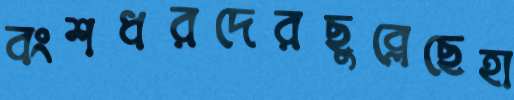
বংশধরদেরছুব্‌লেছেহা